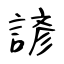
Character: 諺